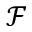
\mathcal { F }